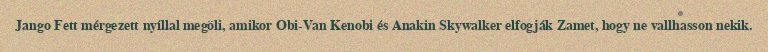
Jango Fett mérgezett nyíllal megöli, amikor Obi-Van Kenobi és Anakin Skywalker elfogják Zamet, hogy ne vallhasson nekik.